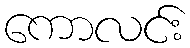
ကောလင်း